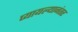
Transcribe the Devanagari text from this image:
प्यायल्यानंतर